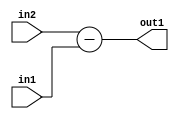
`timescale 1ps / 1ps
/*****************************************************************************
    Verilog RTL Description
    
    
    Created by: Stratus DpOpt 2019.1.01 
*******************************************************************************/

module fix2float_Sub_7Ux8U_8S_4_0 (
	in2,
	in1,
	out1
	); /* architecture "behavioural" */ 
input [6:0] in2;
input [7:0] in1;
output [7:0] out1;
wire [7:0] asc001;

assign asc001 = 
	+(in2)
	-(in1);

assign out1 = asc001;
endmodule

/* CADENCE  urnySws= : u9/ySgnWtBlWxVPRXgAZ4Og= ** DO NOT EDIT THIS LINE ******/